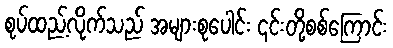
စုပ်ထည့်လိုက်သည် အများစုပေါင်း ၎င်းတို့စစ်ကြောင်း